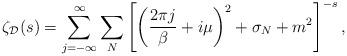
LaTeX: \begin{align*}\zeta_{\cal D}(s) = \sum_{j = -\infty}^{\infty} \sum_N \left[ \left({2\pi j\over\beta} + i\mu \right)^2 + \sigma_N + m^2\right]^{-s}, \end{align*}